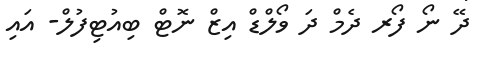
ދޭ ނޯ ފޯރ ދެމް ދަ ވޯލްޑް އިޒް ނޮޓް ބިއުޓިފުލް- އައި